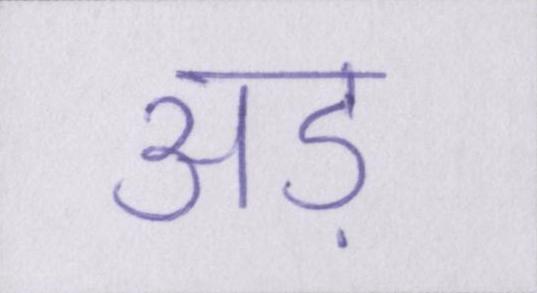
अड़